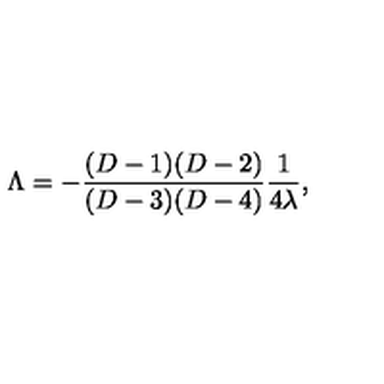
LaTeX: \Lambda = - { \frac { ( D - 1 ) ( D - 2 ) } { ( D - 3 ) ( D - 4 ) } } { \frac { 1 } { 4 \lambda } } ,